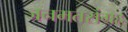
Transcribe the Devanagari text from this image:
जनमतसंग्रह